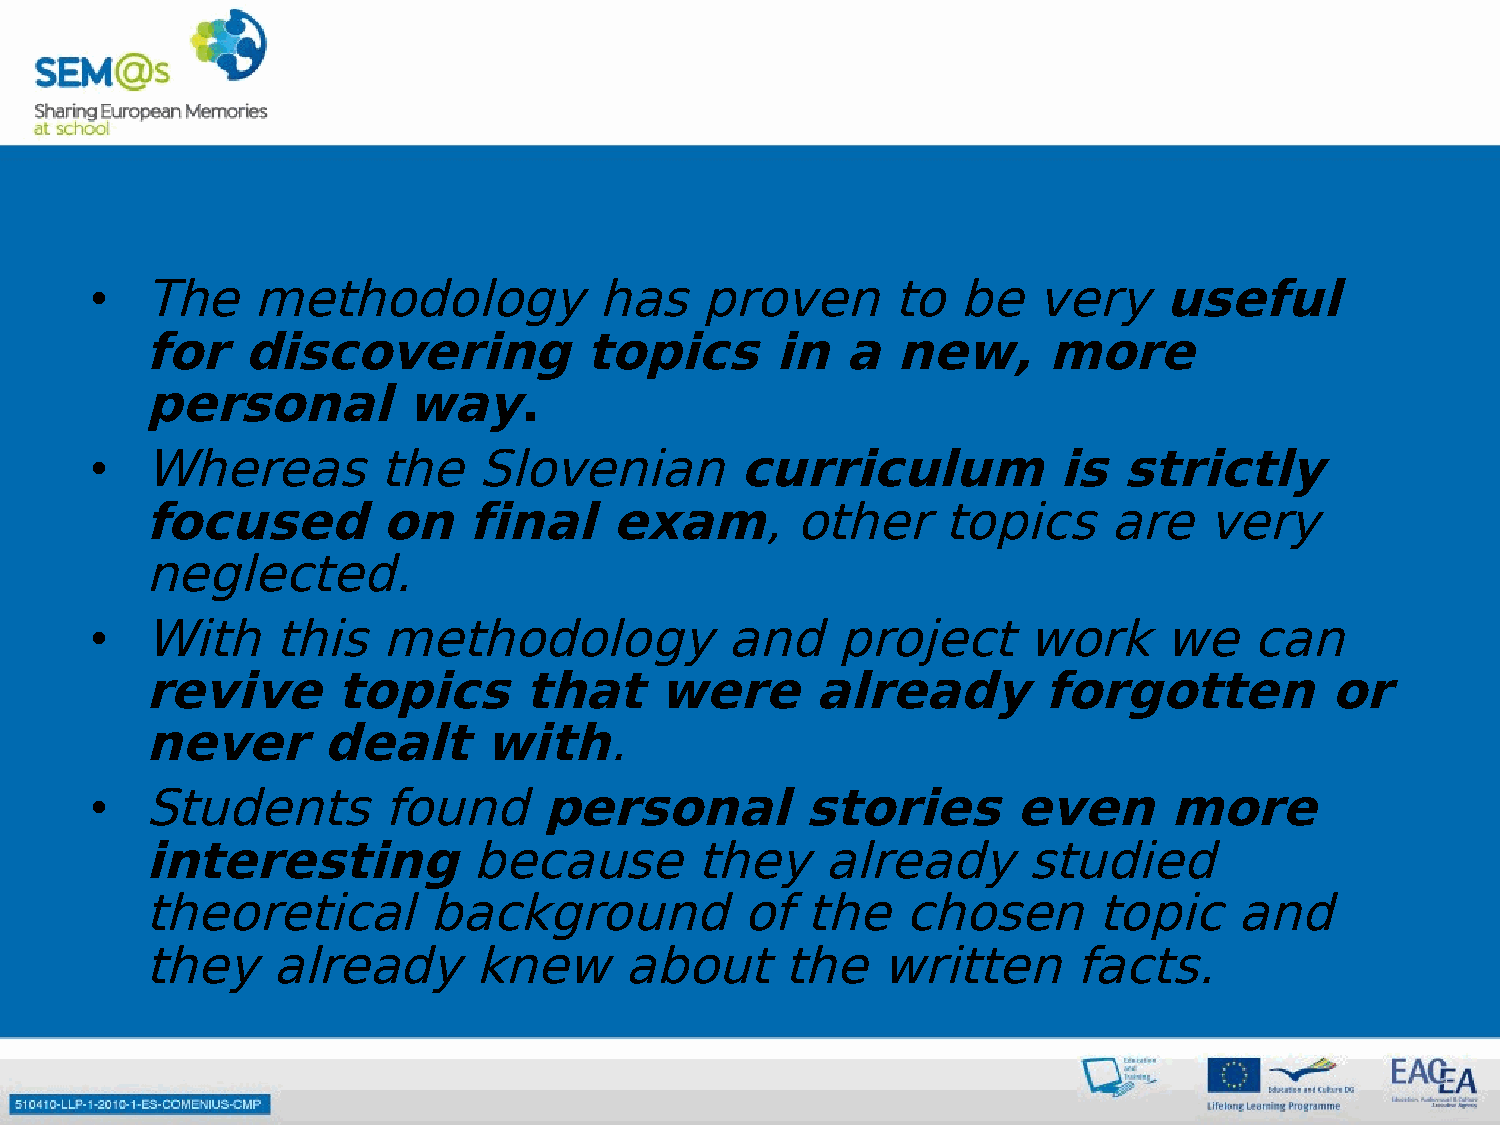
•  The     methodology            has   proven       to  be    very    useful
 for    discovering            topics      in   a  new,      more
 personal          way.
 •  Whereas         the    Slovenian        curriculum           is  strictly
 focused         on    final    exam,        other    topics     are    very
 neglected.
 •  With     this   methodology            and    project      work     we    can
 revive       topics       that     were      already        forgotten          or
 never       dealt      with.
 •  Students        found      personal         stories       even      more
 interesting           because        they    already       studied
 theoretical        background           of  the    chosen       topic    and
 they     already      knew      about      the   written      facts.